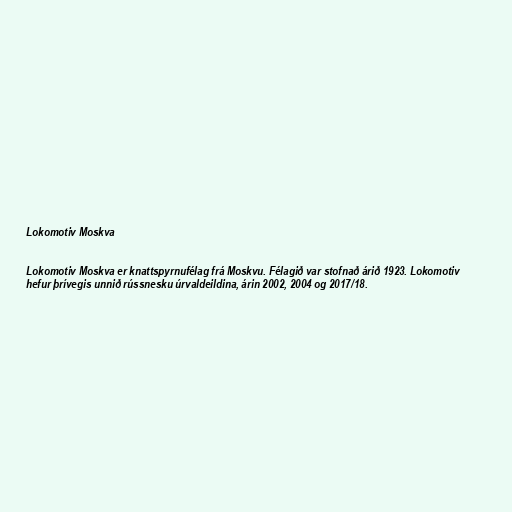
Lokomotiv Moskva

Lokomotiv Moskva er knattspyrnufélag frá Moskvu. Félagið var stofnað árið 1923. Lokomotiv
hefur þrívegis unnið rússnesku úrvaldeildina, árin 2002, 2004 og 2017/18.